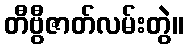
တီဗွီဇာတ်လမ်းတွဲ။